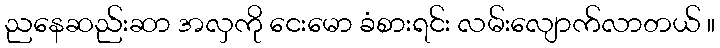
ညနေဆည်းဆာ အလှကို ငေးမော ခံစားရင်း လမ်းလျောက်လာတယ် ။